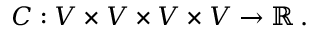
C : V \times V \times V \times V \to { \mathbb R } \, .